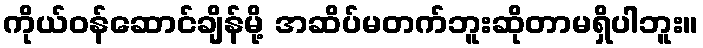
ကိုယ်ဝန်ဆောင်ချိန်မို့ အဆိပ်မတက်ဘူးဆိုတာမရှိပါဘူး။